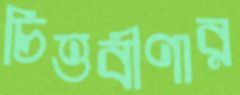
চিত্তবীণার